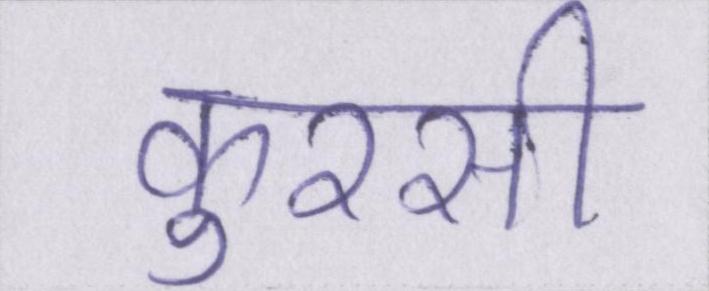
कुरसी